Indian journal of veterinary science and animal husbandry - Volume 3,
Year: 1933
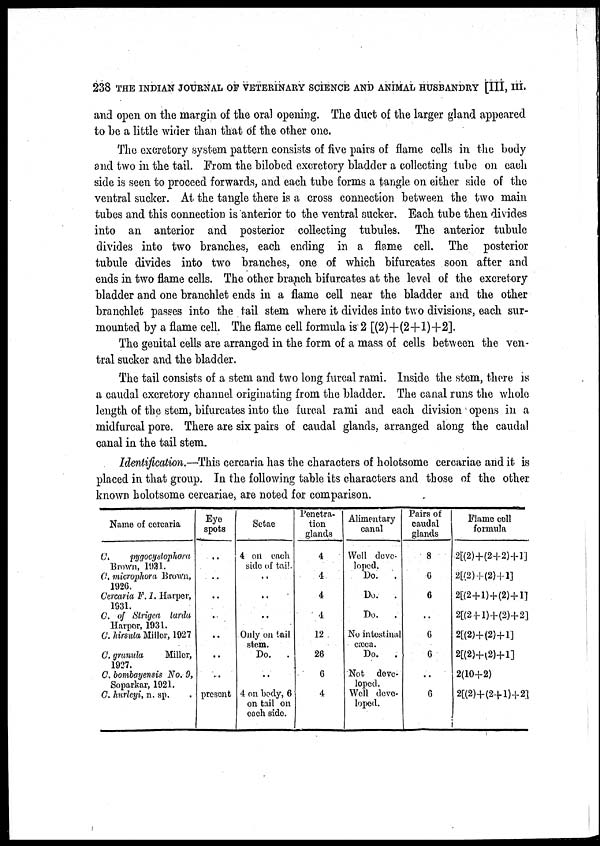
238 THE INDIAN JOURNAL OF VETERINARY SCIENCE AND ANIMAL HUSBANDRY [III, III.
and open on the margin of the oral opening. The duct of the larger gland appeared
to be a little wider than that of the other one.
The excretory system pattern consists of five pairs of flame cells in the body
and two in the tail. From the bilobed excretory bladder a collecting tube on each
side is seen to proceed forwards, and each tube forms a tangle on either side of the
ventral sucker. At the tangle there is a cross connection between the two main
tubes and this connection is anterior to the ventral sucker. Each tube then divides
into an anterior and posterior collecting tubules. The anterior tubule
divides into two branches, each ending in a flame cell. The posterior
tubule divides into two branches, one of which bifurcates soon after and
ends in two flame cells. The other branch bifurcates at the level of the excretory
bladder and one branchlet ends in a flame cell near the bladder and the other
branchlet passes into the tail stem where it divides into two divisions, each sur-
mounted by a flame cell. The flame cell formula is 2 [(2)+(2+1)+2].
The genital cells are arranged in the form of a mass of cells between the ven-
tral sucker and the bladder.
The tail consists of a stem and two long furcal rami. Inside the stem, there is
a caudal excretory channel originating from the bladder. The canal runs the whole
length of the stem, bifurcates into the furcal rami and each division opens in a
midfurcal pore. There are six pairs of caudal glands, arranged along the caudal
canal in the tail stem.
Identification.—This cercaria has the characters of holotsome cercariae and it is
placed in that group. In the following table its characters and those of the other
known holotsome cercariae, are noted for comparison.
Name of cercaria
C.
pygocydophora
Brown, 1931.
C. microphora Brown,
1926.
Cercaria F. 1. Harper,
1931.
G. of Strigea tarda
Harpor, 1931.
G. hirsula Miller, 1927
C. granula
Miller,
1927.
C. bombayensis No. 9,
Soparkar, 1921.
G. hurleyi, n. sp.
Eye
spots
. .
. .
. .
. .
. .
. .
. .
present
Setae
4 on each
side of tail.
. .
. .
. .
Only on tail
stem.
Do.
.
. .
4 on body, 6
on tail on
each side.
Penetra-
tion
glands
4
4
4
4
12
26
6
4
Alimentary
canal
Well deve-
loped.
Do.
.
Do.
.
Do. .
No intestinal
cæca.
Do.
.
Not deve-
loped.
Well deve-
loped.
Pairs of
caudal
glands
8
6
6
. .
6
6
..
6
Flame cell
formula
2[(2)+(2+2)+1]
2[(2)+(2)+1]
2[(2+1)+(2)+1]
2[(2+1)+(2)+2]
2[(2)+(2)+1]
2[(2)+(2)+1]
2(10+2)
2[(2)+(2+1)+2]